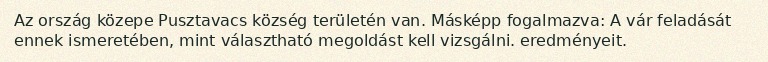
Az ország közepe Pusztavacs község területén van. Másképp fogalmazva: A vár feladását ennek ismeretében, mint választható megoldást kell vizsgálni. eredményeit.